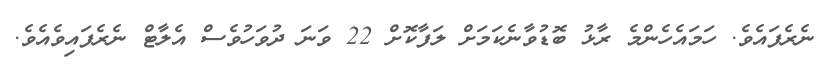
ނެރެފައެވެ. ހަމައެހެންމެ ރާޅު ބޮޑުވާނެކަމަށް ލަފާކޮށް 22 ވަނަ ދުވަހުވެސް އެލާޓް ނެރެފައިވެއެވެ.